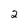
Character: 2